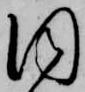
同